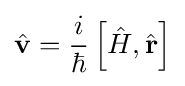
{\hat {\mathbf {v} }}={\frac {i}{\hbar }}\left[{\hat {H}},{\hat {\mathbf {r} }}\right]